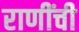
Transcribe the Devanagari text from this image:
राणींची